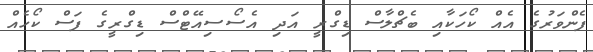
ފެންވަރުގެ އެއް ކޯހަކާއި ބެޗްލާސް ޑިގްރީ އަދި އެސޯސިއޭޓްސް ޑިގްރީގެ ފަސް ކޯހެއް